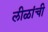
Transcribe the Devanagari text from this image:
लीळांची